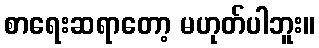
စာရေးဆရာတော့ မဟုတ်ပါဘူး။